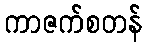
ကာဇက်စတန်